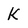
Character: K